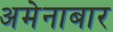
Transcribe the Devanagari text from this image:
अमेनाबार